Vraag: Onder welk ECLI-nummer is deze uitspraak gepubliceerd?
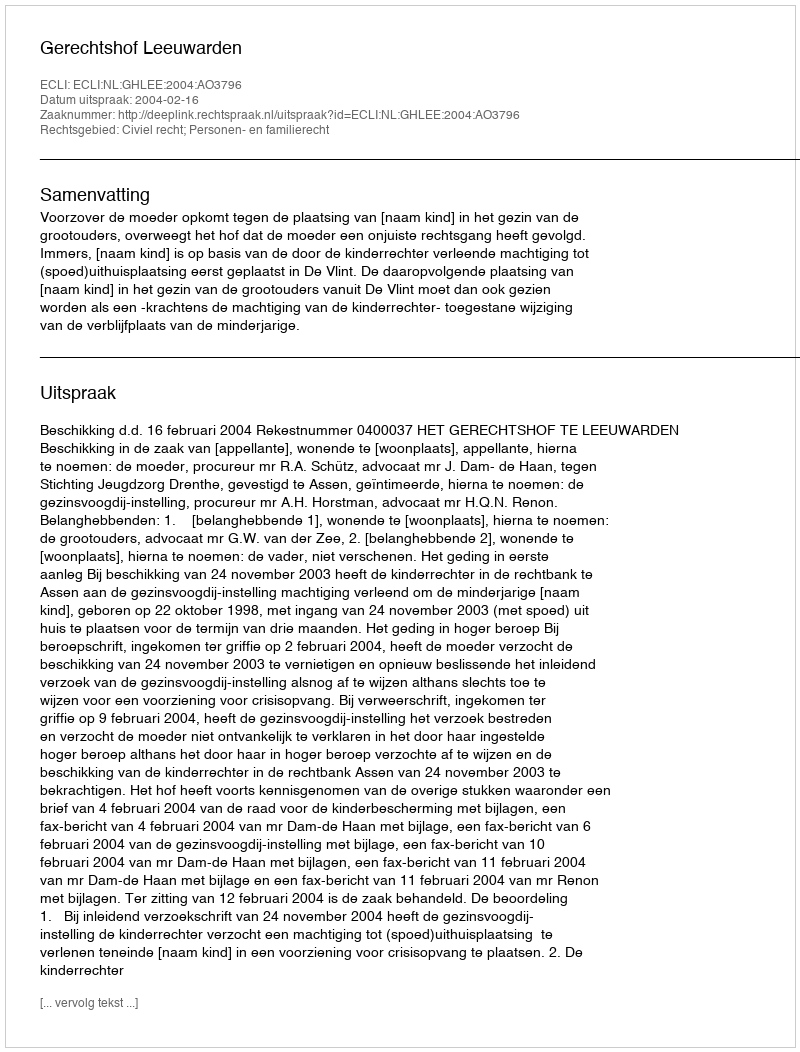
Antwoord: ECLI:NL:GHLEE:2004:AO3796